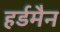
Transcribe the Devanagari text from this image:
हर्डमैन